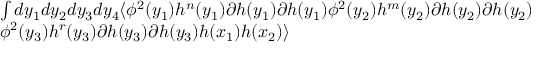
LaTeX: \begin{array} { l } { { \int d y _ { 1 } d y _ { 2 } d y _ { 3 } d y _ { 4 } \langle \phi ^ { 2 } ( y _ { 1 } ) h ^ { n } ( y _ { 1 } ) \partial h ( y _ { 1 } ) \partial h ( y _ { 1 } ) \phi ^ { 2 } ( y _ { 2 } ) h ^ { m } ( y _ { 2 } ) \partial h ( y _ { 2 } ) \partial h ( y _ { 2 } ) } } \\ { { \phi ^ { 2 } ( y _ { 3 } ) h ^ { r } ( y _ { 3 } ) \partial h ( y _ { 3 } ) \partial h ( y _ { 3 } ) h ( x _ { 1 } ) h ( x _ { 2 } ) \rangle } } \end{array}